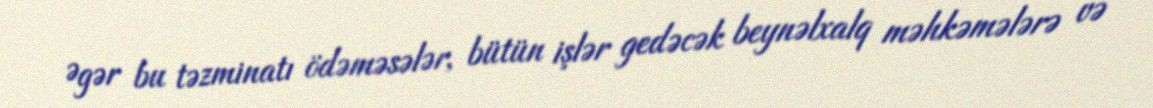
Əgər bu təzminatı ödəməsələr, bütün işlər gedəcək beynəlxalq məhkəmələrə və